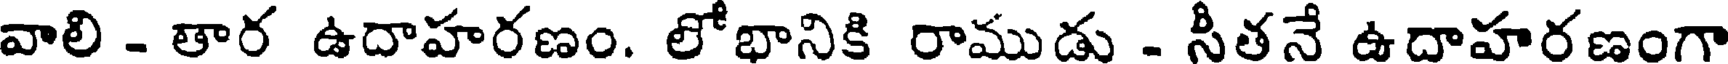
వాలి - తార ఉదాహరణం. లోభానికి రాముడు - సీతనే ఉదాహరణంగా